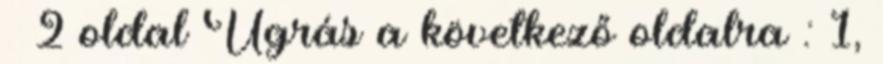
2 oldal Ugrás a következő oldalra : 1,